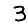
Digit: 3